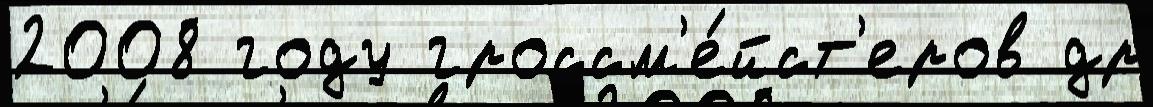
2008 году гроссм'е́йст'еров др